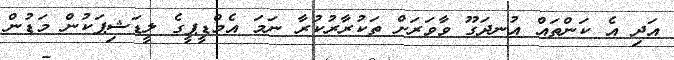
އަދި އެ ކަންތައް އުނދަގޫ ވާވަރަށް ތަކުރާރުކުރާ ނަމަ އެމްޑީޕީގެ ލީޑަޝިޕަކުން މަޑުން